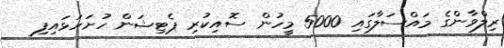
ރިލްވާންގެ މައްސަލާގައި 5000 މީހުން ސޮއިކުރި ޕެޓިޝަން ހުށަހަޅައިފި